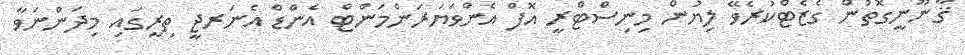
ޤާނޫނީގޮތުން ގެޒެޓްކުރެވޭ ލިޔުން މިނިސްޓްރީ އޮފް އެންވަޔަރަންމަންޓް އެންޑް އެނަރޖީ ތިރީގައި މިދަންނަވާ